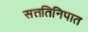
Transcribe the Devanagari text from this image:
सत्ततिनिपात